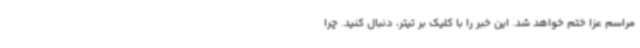
مراسم عزا ختم خواهد شد. این خبر را با کلیک بر تیتر، دنبال کنید. چرا